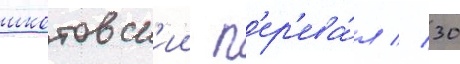
шкотовск'ии п'ер'ева́л // 30